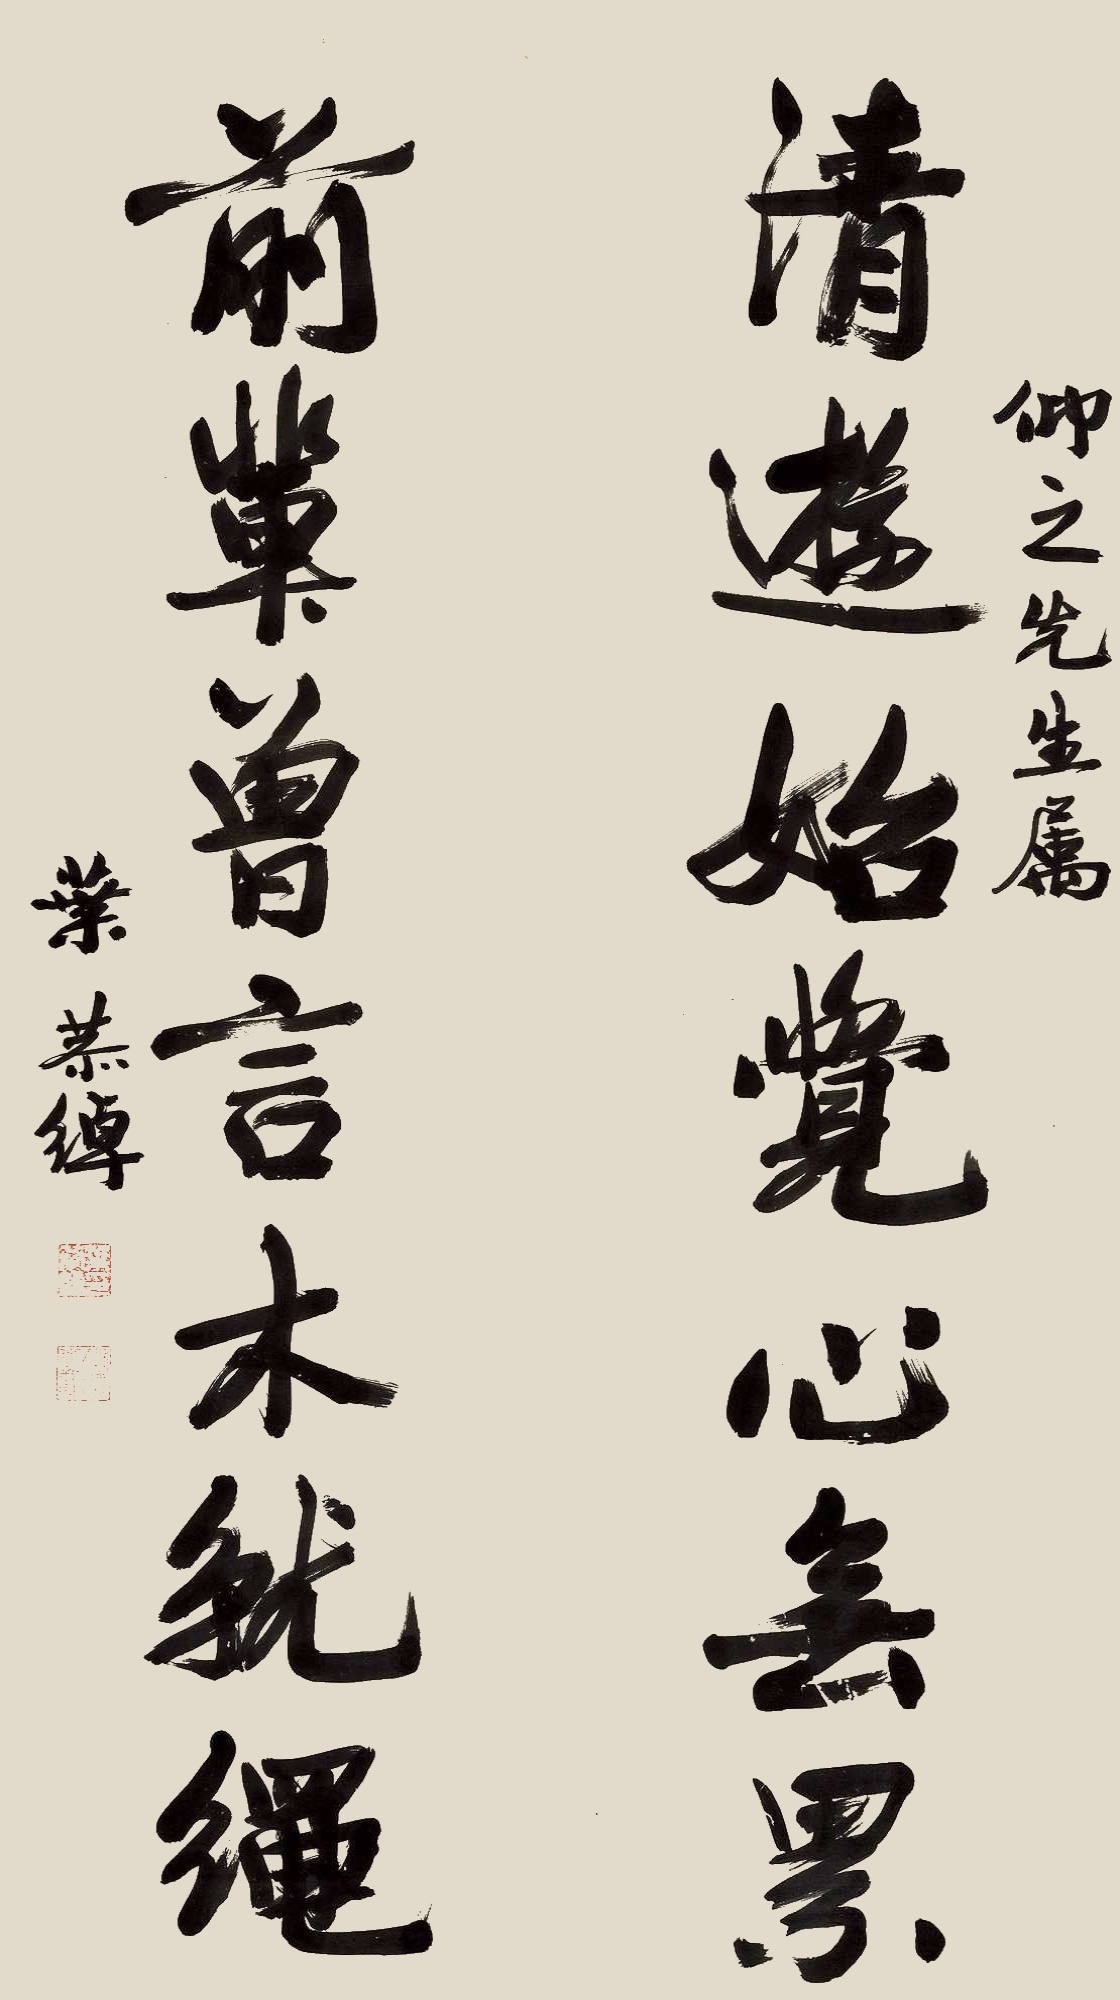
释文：清游始觉心无系，前辈曾言木就绳。仰之先生属，叶恭绰。